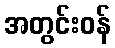
အတွင်းဝန်